Vaccination in Bombay 1902-1912 - 1902-1912
Year: 1902
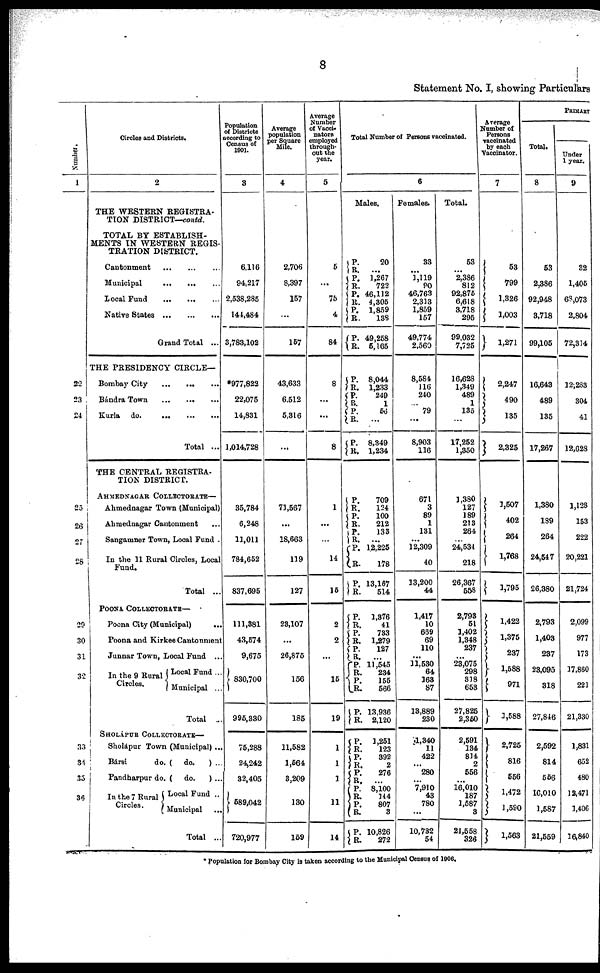
8
Statement No. I, showing Particulars
Number.
1
22
23
24
25
26
27
28
29
30
31
32
33
34
35
36
Circles and Districts.
2
THE WESTERN REGISTRA¬
TION DISTRICT—contd.
TOTAL BY ESTABLISH-
MENTS IN WESTERN REGIS¬
TRATION DISTRICT.
Cantonment ... ... ...
Municipal
...
...
...
Local Fund
...
... ...
Native States
...
...
...
Grand Total ...
THE PRESIDENCY CIRCLE—
Bombay City
...
... ...
Bándra Town
...
...
...
Kurla do.
...
...
...
Total ...
THE CENTRAL REGISTRA¬
TION DISTRICT.
AHMEDNAGAR COLLECTORATE—
Ahmednagar Town (Municipal)
Ahmednagar Cantonment ...
Sangamner Town, Local Fund .
In the 11 Rural Circles, Local
Fund.
Total ...
POONA COLLECTORATE—
Poona City (Municipal) ...
Poona and Kirkee Cantonment
Junnar Town, Local Fund ..
In the 9 Rural
Circles.
Local Fund...
Municipal ...
Total ...
SHOLÁPUR COLLECTORATE—
Sholápur Town (Municipal)...
Bársi
do. ( do.
) ...
Pandharpur do. ( do.
)...
In the 7 Rural
Circles.
Local Fund ...
Municipal
...
Total ...
Population
of Districts
according to
Census of
1901.
3
6,116
94,217
2,538,285
144,484
3,783,102
*977,822
22,075
14,831
1,014,728
35,784
6,248
11,011
784,652
837,695
111,381
43,574
9,675
830,700
995,330
75,288
24,242
32,405
589,042
720,977
Average
population
per Square
Mile.
4
2,706
8,397
157
...
157
43,633
6,512
5,316
...
71,567
...
18,663
119
127
23,107
...
26,875
156
185
11,582
1,564
3,209
130
159
Average
Number
of Vacci¬
nators
employed
through-
out the
year.
5
5
...
75
4
84
8
...
...
8
1
...
...
14
15
2
2
...
15
19
1
1
1
11
14
Total Number of Persons vaccinated.
6
Males.
P.
R.
P.
R.
P.
R.
P.
R.
P.
R.
P.
R.
P.
R.
P.
R.
P.
R.
P.
R.
P.
R. P.
R. P.
R.
P.
R.
P.
R.
P.
R.
P. R.
P.
R.
P. R.
P.
R.
P.
R. P.
R.
P.
R.
P.
R.
P.
R.
P.
R.
20
...
1,267
722
46,112
4,305
1,859
138
49,258
5,165
8,044
1,233
249
1
56
...
8,349
1,234
709
124
100
212
133
...
12,225
178
13,167
514
1,376
41
783
1,279
127
...
11,545
284
155
566
13,936
2,120
1,251
123
392
2
276
...
8,100
144
807
3
10,826
272
Females.
33
...
1,119
90
46,763
2,313
1,859
157
49,774
2,560
8,584
116
240
...
79
...
8,903
116
671
3
89
1
131
...
12,309
40
13,200
44
1,417
10
669
69
110
...
11,530
64
163
87
13,889
230
1,340
11
422
...
280
...
7,910
43
780
...
10,732
54
Average
Number of
Persons
vaccinated
by each
Vaccinator.
7
Total.
53
...
2,386
812
92,875
6,618
3,718
295
99,032
7,725
16,628
1,349
489
1
135
...
17,252
1,350
1,380
127
189
213
264
...
24,534
218
26,367
558
2,793
51
1,402
1,348
237
...
28,075
298
318
653
27,825
2,350
2,591
134
814
2
556
...
16,010
187
1,587
3
21,558
326
53
799
1,326
1,003
1,271
2,247
490
135
2,325
1,507
402
264
1,768
1,795
1,422
1,375
237
1,588
971
1,588
2,725
816
556
1,472
1,590
1,563
PRIMARY
Total.
8
53
2,386
92,948
3,718
99,105
16,643
489
135
17,267
1,380
189
264
24,547
26,380
2,793
1,408
237
23,095
318
27,846
2,592
814
556
16,010
1,587
21,559
Under
1 year.
9
32
1,405
63,073
2,804
72,314
12,283
304
41
12,628
1,128
153
222
20,221
21,724
2,099
977
173
17,860
221
21,330
1,831
652
480
12,471
1,406
16,840
* Population for Bombay City is taken according to the Municipal Census of 1906.